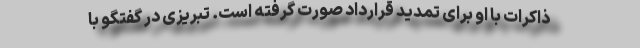
ذاکرات با او برای تمدید قرارداد صورت گرفته است. تبریزی در گفتگو با